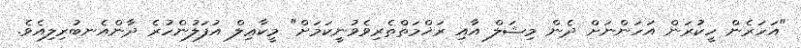
"އަހަރެން ހީކުރަން އަހަންނަށް ދެން މިޝަލް އާއި ރަޚްމަތްތެރިވެވުނީކަމަށް" މީކާޢިލް އުފަލުންހުރެ ދާންއެނބުރިލިއެވެ.